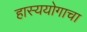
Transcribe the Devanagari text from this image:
हास्ययोगाचा